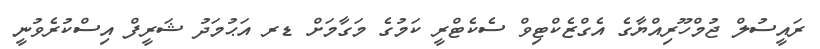
ރައީސުލް ޖުމްހޫރިއްޔާގެ އެގްޒެކްޓިވް ސެކެޓްރީ ކަމުގެ މަގާމަށް ޑރ އަޙުމަދު ޝަރީފް އިސްކުރެވުނީ